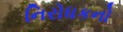
નિરોધકનો